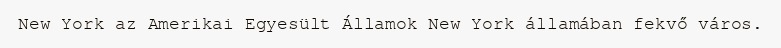
New York az Amerikai Egyesült Államok New York államában fekvő város.